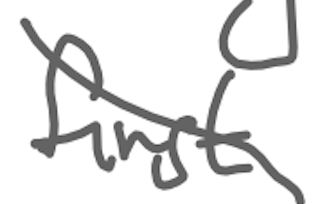
Text: first
Cross-out: diagonal
Writing tool: digital_gray